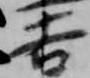
吉